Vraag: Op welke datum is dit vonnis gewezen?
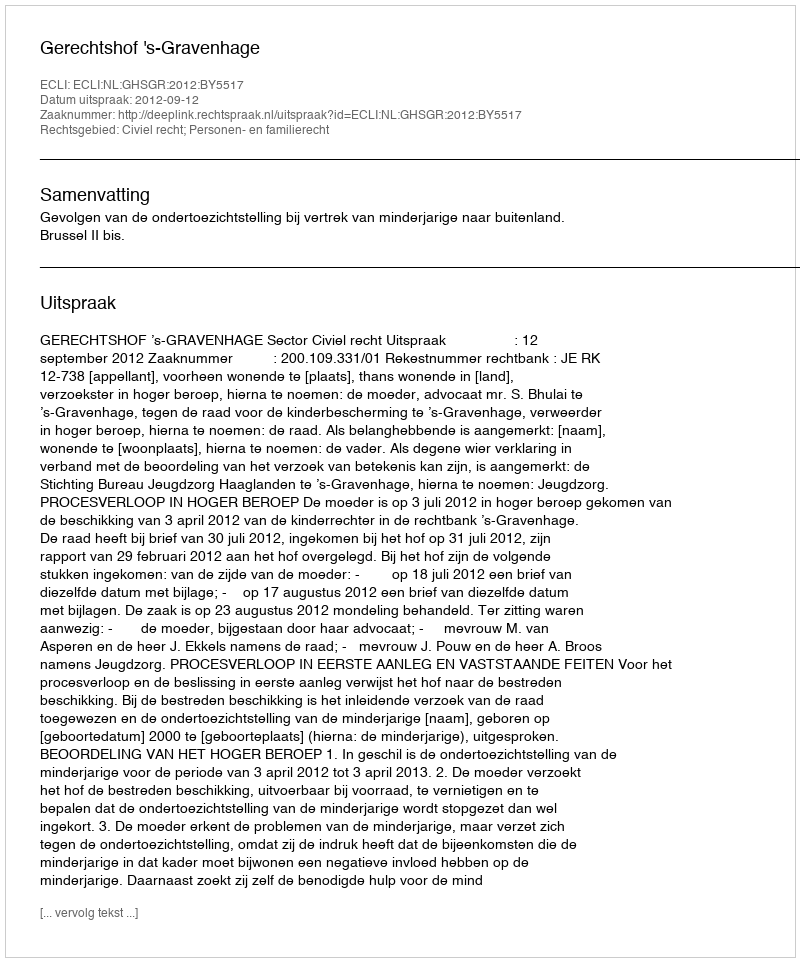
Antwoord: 2012-09-12